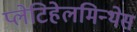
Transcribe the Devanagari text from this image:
प्लेटिहेलमिन्थेस